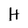
Character: H